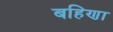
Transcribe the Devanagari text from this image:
बहिणा